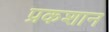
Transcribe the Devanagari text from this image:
प्रकशान